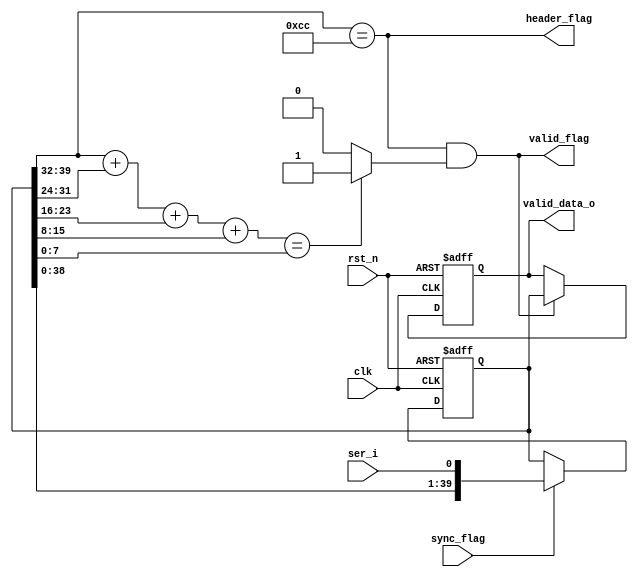
`timescale 1ns / 1ps
//////////////////////////////////////////////////////////////////////////////////
// Description: , 
// 8'b1100_1100
//////////////////////////////////////////////////////////////////////////////////
module data_valid
#(parameter HEADER = 8'b1100_1100)
(
    input wire          clk         ,  //500KHz
    input wire          rst_n       ,
    input wire          ser_i       ,  //iq_comb
    input wire          sync_flag   ,  //
    
    output wire         header_flag ,  //
    output wire         valid_flag  ,  //
    output reg  [39:0]  valid_data_o   //
);
    reg [39:0]  shift_reg   ;       //
    wire [7:0]  sum         ;       //
    
    wire    check_sum_valid_flag    ; //
    
    //
    always @ (posedge clk or negedge rst_n) begin
        if(rst_n == 1'b0) begin
            shift_reg <= 40'b0;
        end else if(sync_flag) begin
            shift_reg <= {shift_reg[38:0],ser_i}; //IQ,
        end else begin
            shift_reg <= shift_reg;
        end
    end
    
    //valid_data_o
    always @ (posedge clk or negedge rst_n) begin
        if(rst_n == 1'b0) begin
            valid_data_o <= 40'b0;
        end else if(valid_flag) begin
            valid_data_o <= shift_reg;
        end else begin
            valid_data_o <= valid_data_o;
        end
    end
    
    //
    assign header_flag = (shift_reg[39:32] == HEADER);
    assign sum = shift_reg[39:32] + shift_reg[31:24] + shift_reg[23:16] + shift_reg[15:8];
    assign check_sum_valid_flag = (sum == shift_reg[7:0])?1'b1: 1'b0;  //
    assign valid_flag = header_flag & check_sum_valid_flag; //
    

    
    

endmodule